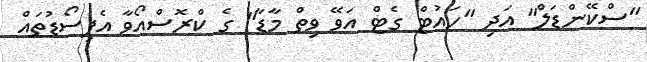
"ސްކޭންޑަލް" އަދި "ހައުޓް ގެޓް އަވޭ ވިތް މާޑާ" ގެ ކްރޮސްއޯވާ އެޕިސޯޑުތައް